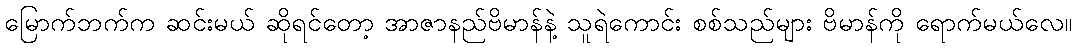
မြောက်ဘက်က ဆင်းမယ် ဆိုရင်တော့ အာဇာနည်ဗိမာန်နဲ့ သူရဲကောင်း စစ်သည်များ ဗိမာန်ကို ရောက်မယ်လေ။